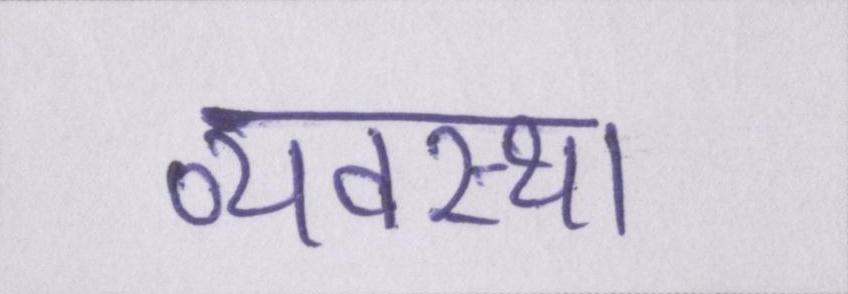
व्यवस्था